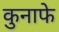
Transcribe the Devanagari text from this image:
कुनाफे